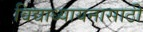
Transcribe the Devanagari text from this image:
विद्याध्यायनासाठी